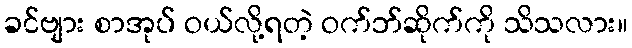
ခင်ဗျား စာအုပ် ဝယ်လို့ရတဲ့ ဝက်ဘ်ဆိုက်ကို သိသလား။